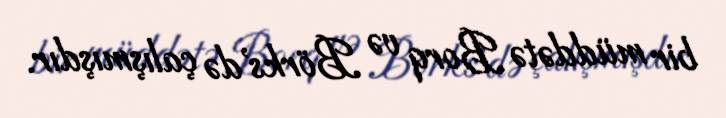
bir müddətə Borq və Börks'də çalışmışdır.